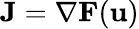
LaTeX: \mathbf{J}=\nabla\mathbf{F}(\mathbf{u})